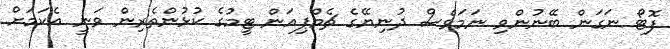
ފޮޓޯ ނަގަން ބޭނުންވި ނަމަވެސް ދުނިޔޭގެ ޗެމްޕިއަން ޓީމުގެ ކުޅުންތެރިން ވަނީ އެކަމަށް